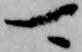
可